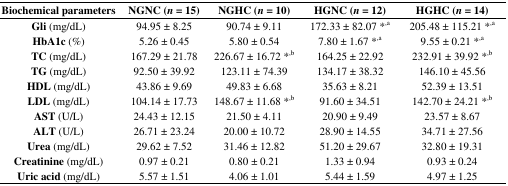
<table><thead><tr><td><b>Biochemical parameters</b></td><td><b>NGNC (<i>n</i> = 15)</b></td><td><b>NGHC (<i>n</i> = 10)</b></td><td><b>HGNC (<i>n</i> = 12)</b></td><td><b>HGHC (<i>n</i> = 14)</b></td></tr></thead><tbody><tr><td><b>Gli</b> (mg/dL)</td><td>94.95 ± 8.25</td><td>90.74 ± 9.11</td><td>172.33 ± 82.07 *,a</td><td>205.48 ± 115.21 *,a</td></tr><tr><td><b>HbA1c</b> (%)</td><td>5.26 ± 0.45</td><td>5.80 ± 0.54</td><td>7.80 ± 1.67 *,a</td><td>9.55 ± 0.21 *,a</td></tr><tr><td><b>TC</b> (mg/dL)</td><td>167.29 ± 21.78</td><td>226.67 ± 16.72 *,b</td><td>164.25 ± 22.92</td><td>232.91 ± 39.92 *,b</td></tr><tr><td><b>TG</b> (mg/dL)</td><td>92.50 ± 39.92</td><td>123.11 ± 74.39</td><td>134.17 ± 38.32</td><td>146.10 ± 45.56</td></tr><tr><td><b>HDL</b> (mg/dL)</td><td>43.86 ± 9.69</td><td>49.83 ± 6.68</td><td>35.63 ± 8.21</td><td>52.39 ± 13.51</td></tr><tr><td><b>LDL</b> (mg/dL)</td><td>104.14 ± 17.73</td><td>148.67 ± 11.68 *,b</td><td>91.60 ± 34.51</td><td>142.70 ± 24.21 *,b</td></tr><tr><td><b>AST</b> (U/L)</td><td>24.43 ± 12.15</td><td>21.50 ± 4.11</td><td>20.90 ± 9.49</td><td>23.57 ± 8.67</td></tr><tr><td><b>ALT</b> (U/L)</td><td>26.71 ± 23.24</td><td>20.00 ± 10.72</td><td>28.90 ± 14.55</td><td>34.71 ± 27.56</td></tr><tr><td><b>Urea</b> (mg/dL)</td><td>29.62 ± 7.52</td><td>31.46 ± 12.82</td><td>51.20 ± 29.67</td><td>32.80 ± 19.31</td></tr><tr><td><b>Creatinine</b> (mg/dL)</td><td>0.97 ± 0.21</td><td>0.80 ± 0.21</td><td>1.33 ± 0.94</td><td>0.93 ± 0.24</td></tr><tr><td><b>Uric acid</b> (mg/dL)</td><td>5.57 ± 1.51</td><td>4.06 ± 1.01</td><td>5.44 ± 1.59</td><td>4.97 ± 1.25</td></tr></tbody></table>